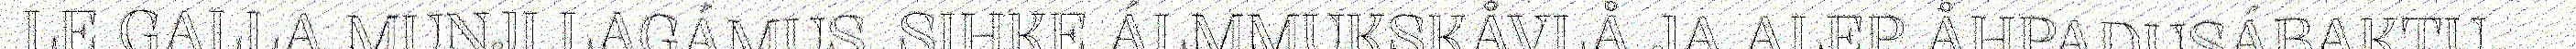
LE GALLA MUNJI LAGÁMUS. SIHKE ÁLMMUKSKÅVLÅ JA ALEP ÅHPADUSÁBAKTU